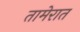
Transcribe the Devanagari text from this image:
तामेरात